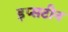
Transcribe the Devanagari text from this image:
इप्सटीन